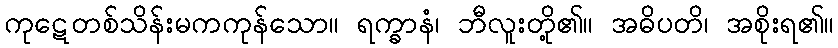
ကုဋေတစ်သိန်းမကကုန်သော။ ရက္ခာနံ၊ ဘီလူးတို့၏။ အဓိပတိ၊ အစိုးရ၏။